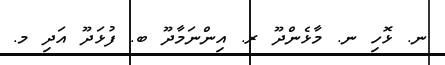
ނ. ޅޮހި ނ. މާޅެންދޫ ރ. އިންނަމާދޫ ބ. ފުޅަދޫ އަދި މ.